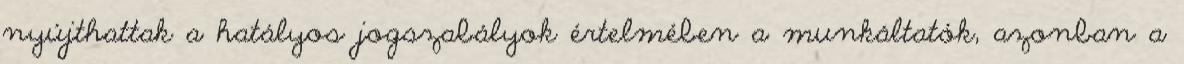
nyújthattak a hatályos jogszabályok értelmében a munkáltatók, azonban a